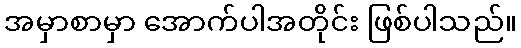
အမှာစာမှာ အောက်ပါအတိုင်း ဖြစ်ပါသည်။